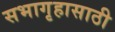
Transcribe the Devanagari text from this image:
सभागृहासाठी